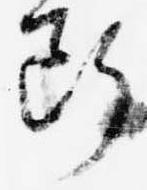
断